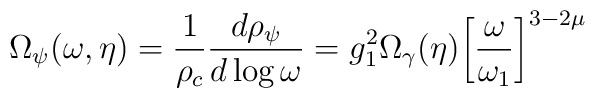
\Omega_{\psi}(\omega, \eta) = \frac{1}{\rho_{c} }\frac{d \rho_{\psi} }{d\log {\omega}} = g_{1}^2 \Omega_{\gamma}(\eta)\biggl[\frac{\omega}{\omega_{1}}\biggr]^{ 3 - 2 \mu}